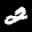
Digit: 2